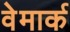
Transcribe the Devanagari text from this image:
वेमार्क